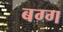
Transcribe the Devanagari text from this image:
बग्ग